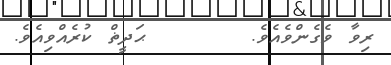
ރިވާ ވެގެންވެއެވެ.       ޙަދީޡް ކުރެއްވިއެވެ.